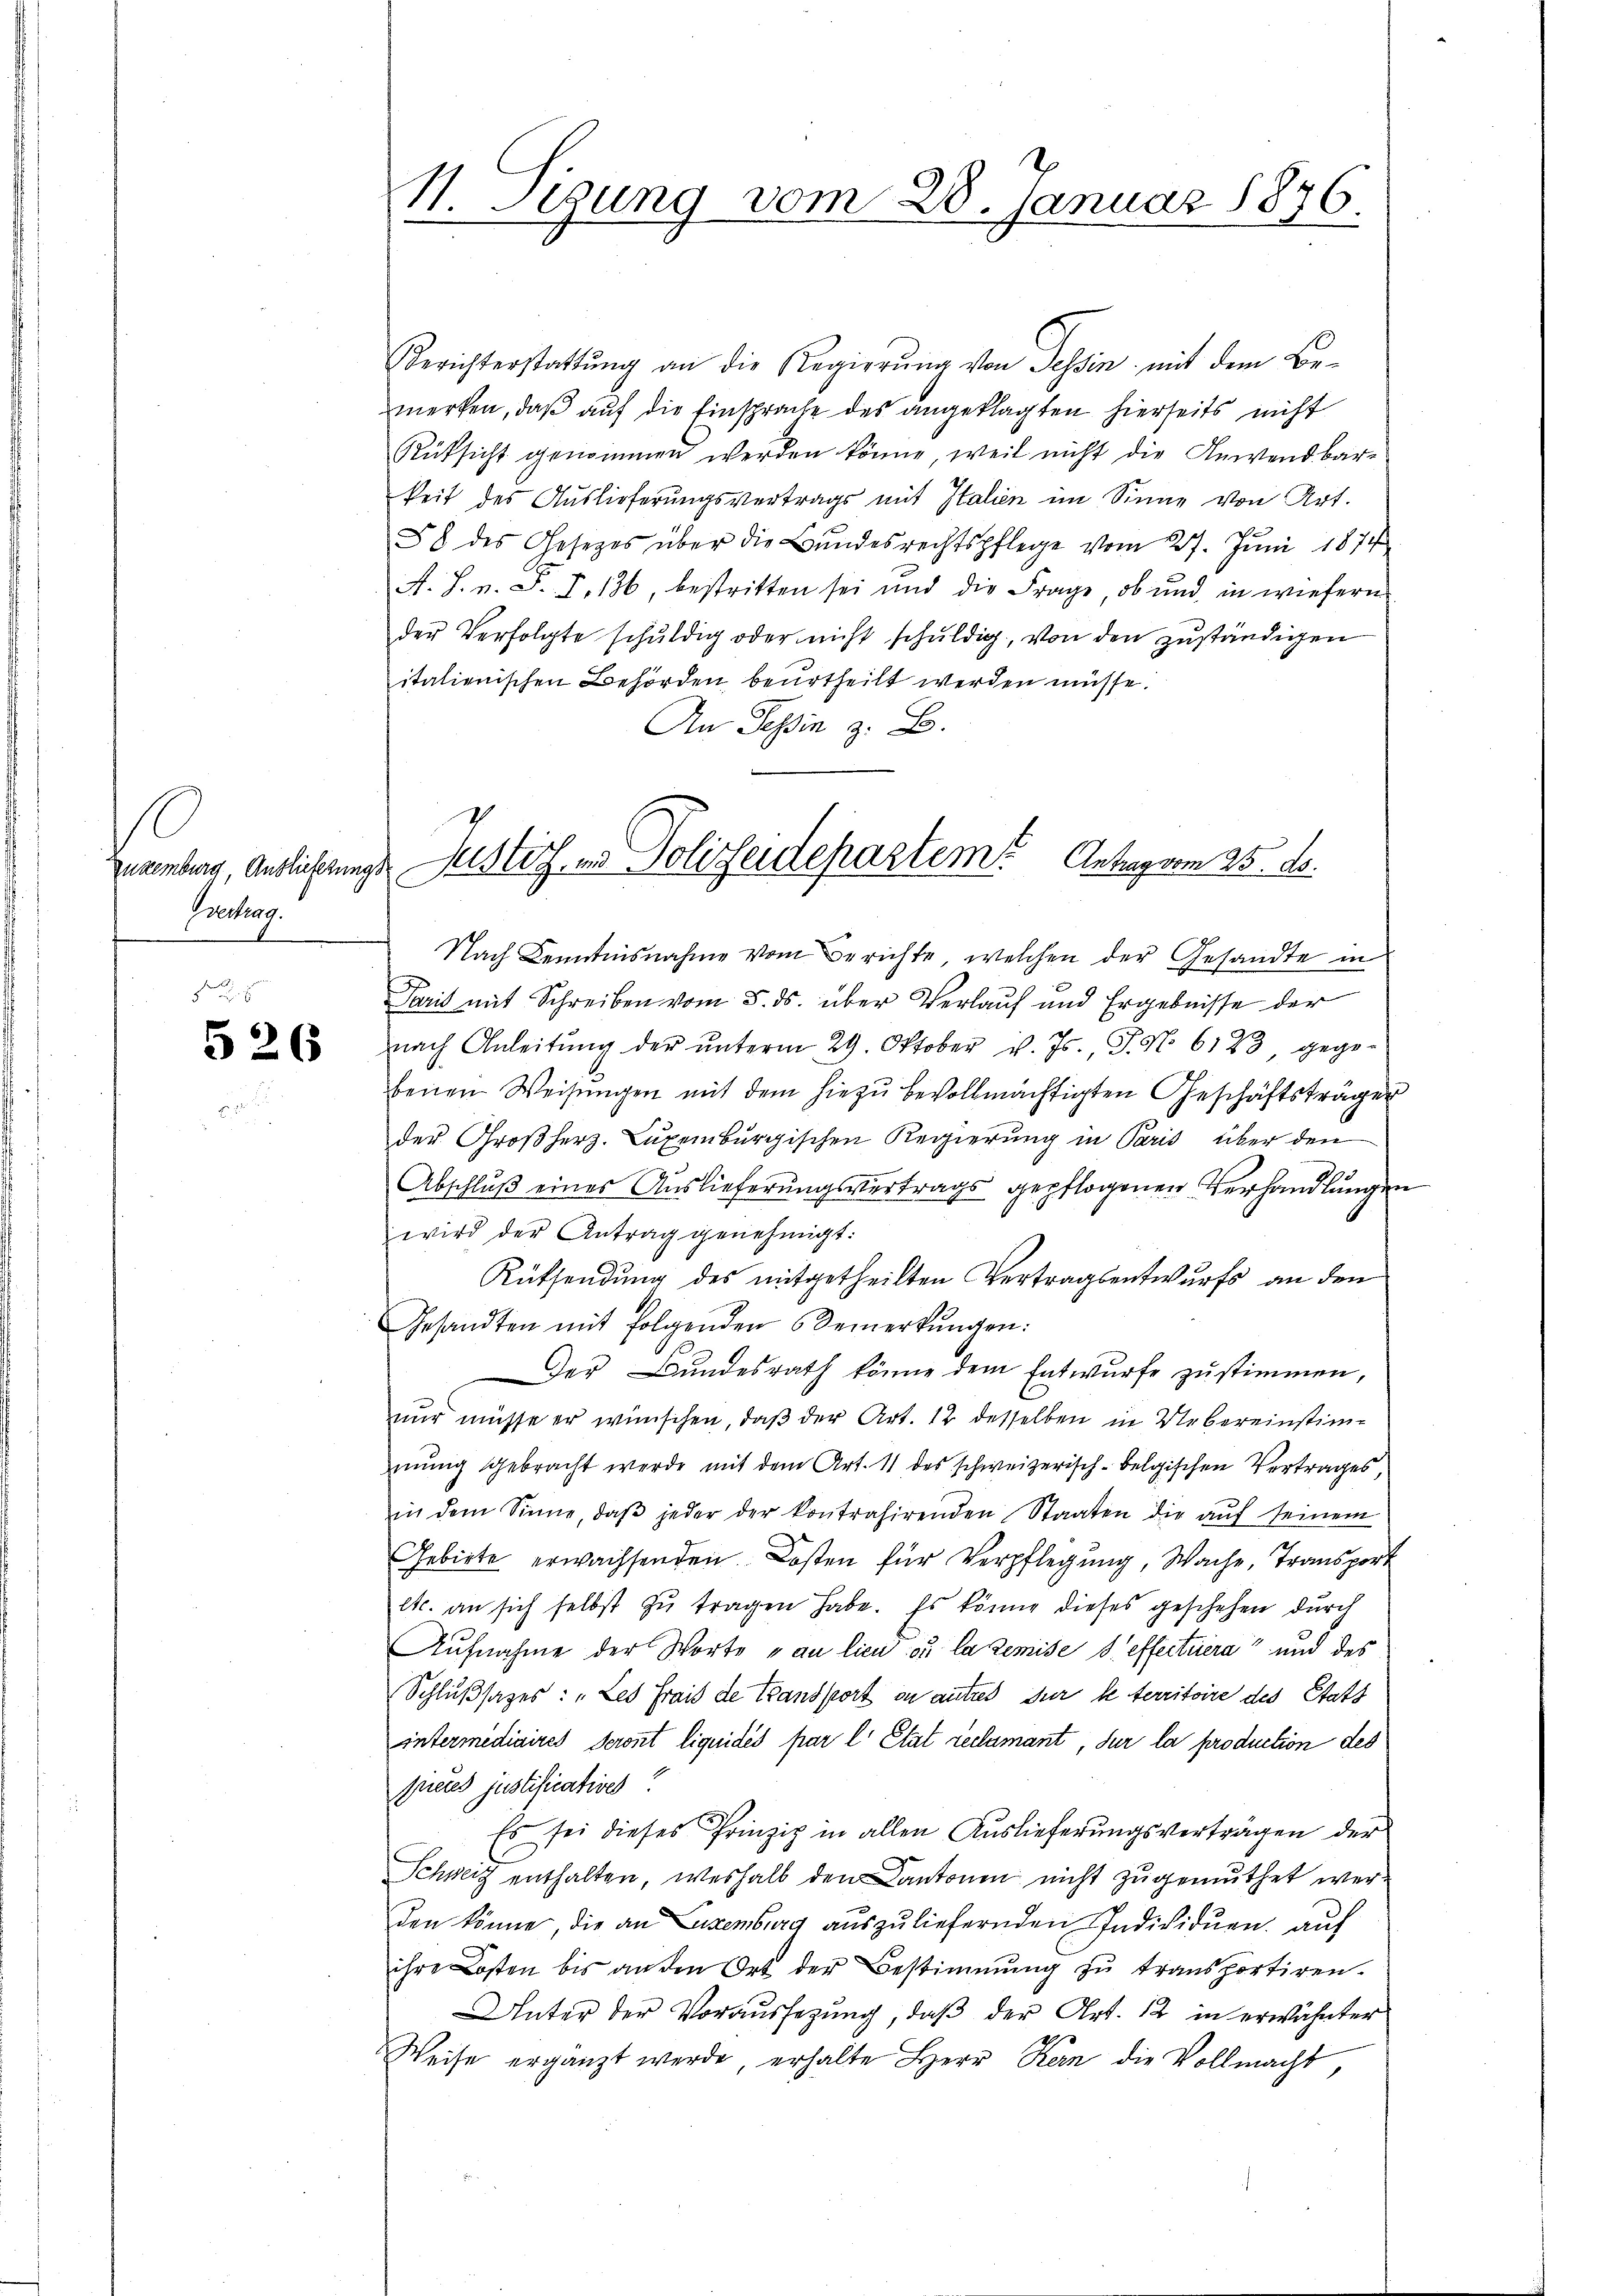
Zukemburg, Auslieferung.
Evertrag.

526

Berichterstattŭng an die Regierŭng von Tessin mit dem Be-
merken, daß auf die Einsprache des angeklagten hierseits nicht
Rüksicht genommen werden könne, weil nicht die Anwendbar-
keit des Auslieferungsvertrags mit Italien im Sinne von Art.
58 des Gesetzes über die Bundesrechtspflege vom 27. Jŭni 1874
A. H. v. P. F. 136 bestritten sei und die Frage, ob und in wiefern
der Verfolgte schŭldig oder nicht schuldig, von den zuständigen
italienischen Behörden, beurtheilt werden müsse.
An Tessin z. B.

11 Tigung vom 28. Januar 1876.

Justiz in Polizeidepartem Antragen 25. d.

Nach Kenntnisnahme vom Berichte, welchen der Gesandte in
Paris mit Schreiben vom 5. ds. über Verlauf und Ergebnisse der
nach Anleitŭng der ŭnterm 29. Oktober d. Js. P. Nr. 6123, gegebenen Weisungen mit dem hiezu bevollmächtigten Geschäftsträger
der Großherz. Luxenburgischen Regierung in Paris über den
Abschluß eines Auslieferungsvertrags gepflogenen Verhandlungen
wird der Antrag genehmigt:
Rüthendung des mitgetheilten Vertragsentwurfs an den
Gesandten mit folgenden Bemerkŭngen:
Der Bundesrath könne dem Entwurfe zustimmen,
nur müsse er wünschen, daß der Art. 12 desselben in Uebereinstimmung gebracht werde mit dem Art. 11 des schweizerisch-belgischen Vertrages,
in dem Sinne, daβ jeder der kontrahirenden Staaten die aŭf seinem
Gebirte erwachsenden Kosten für Verpflegung, Wache, Transport
etc. an sich selbst zŭ tragen habe. Es könne dieses geschehen durch
Aŭfnahme der Worte u au lieu ou la remise d. effectuera“ und des
Schlußsazes: „Les frais de Transport in autres für le territoire des Statt
intermediaires seront liquidés par l. Etat reclamant, sur la production des
freres justificatives?
Es sei dieses Prinzip in allen Auslieferungsverträgen der
Schweiz enthalten, weshalb den Cantonen nicht zugemuthet wer
den könne, die an Luxenburg auszuliefernden Individuen, auf
ihre Kosten bis an den Ort der Bestimmung zŭ transportiren.
Unter der Voraussezung, daβ der Art. 12 in erwähnter
Weise ergänzt werde, erhalte Herr Kern die Vollmacht